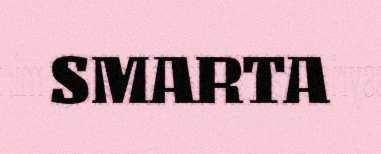
SMARTA